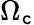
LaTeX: \Omega_{\mathtt{c}}